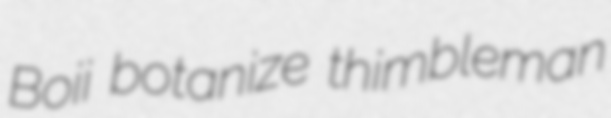
Boii botanize thimbleman